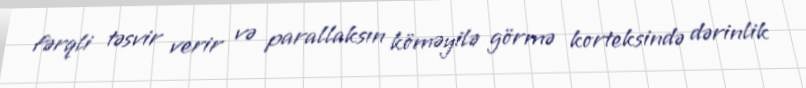
fərqli təsvir verir və parallaksın köməyilə görmə korteksində dərinlik